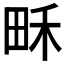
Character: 𤱛